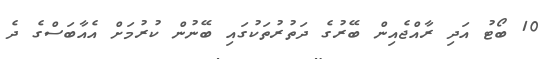
10 ބޯޓު އަދި ރާއްޖެއިން ބޭރުގެ ދަތުރުތަކުގައި ބޭނުން ކުރުމަށް އެއާބަސްގެ ދެ